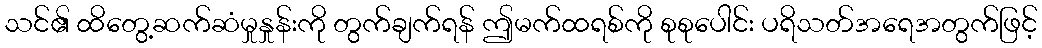
သင်၏ ထိတွေ့ဆက်ဆံမှုနှုန်းကို တွက်ချက်ရန် ဤမက်ထရစ်ကို စုစုပေါင်း ပရိသတ်အရေအတွက်ဖြင့်